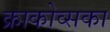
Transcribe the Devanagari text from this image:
क्राकोव्सका